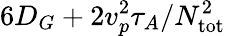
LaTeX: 6D_{G}+2v_{p}^{2}\tau_{A}/N_{\mathrm{tot}}^{2}